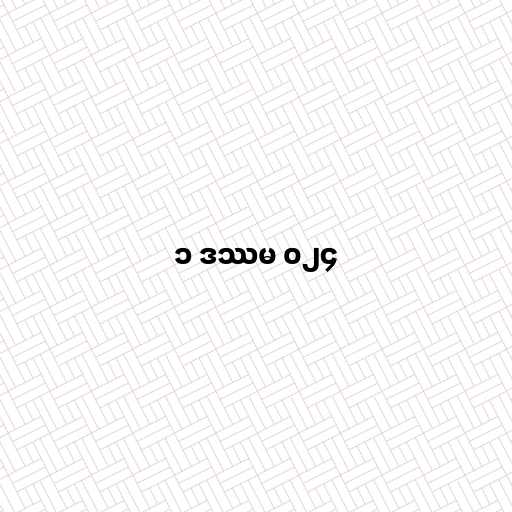
၁ ဒဿမ ၀၂၄